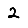
Digit: 2